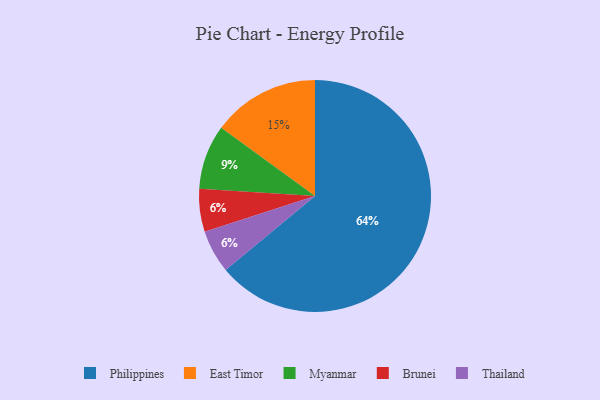
{"axis": {"x": "Category", "y": "Percentage"}, "legend": ["Brunei", "East Timor", "Myanmar", "Philippines", "Thailand"], "data": [{"x": "Philippines", "y": 64, "type": "Philippines"}, {"x": "East Timor", "y": 15, "type": "East Timor"}, {"x": "Myanmar", "y": 9, "type": "Myanmar"}, {"x": "Brunei", "y": 6, "type": "Brunei"}, {"x": "Thailand", "y": 6, "type": "Thailand"}]}